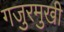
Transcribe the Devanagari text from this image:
गजुरमुखी